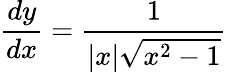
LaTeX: {\frac{dy}{dx}}={\frac{1}{|x|{\sqrt{x^{2}-1}}}}